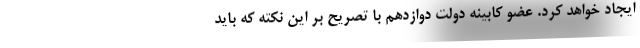
ایجاد خواهد کرد. عضو کابینه دولت دوازدهم با تصریح بر این نکته که باید